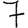
Digit: 7